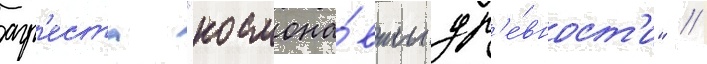
агр'еста "космона́вты др'е́вност'и" //